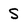
Character: S